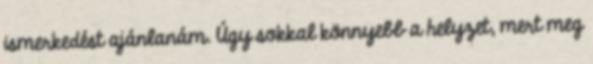
ismerkedést ajánlanám. Úgy sokkal könnyebb a helyzet, mert meg